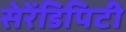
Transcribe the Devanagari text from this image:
सेरेंडिपिटी